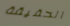
الحقيقة